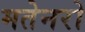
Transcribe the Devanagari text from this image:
मतेनरो